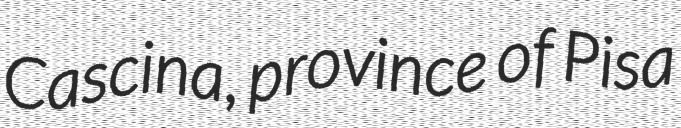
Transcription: Cascina, province of Pisa